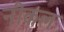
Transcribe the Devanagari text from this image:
नीकल